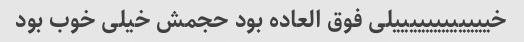
خییییییییییییلی فوق العاده بود حجمش خیلی خوب بود